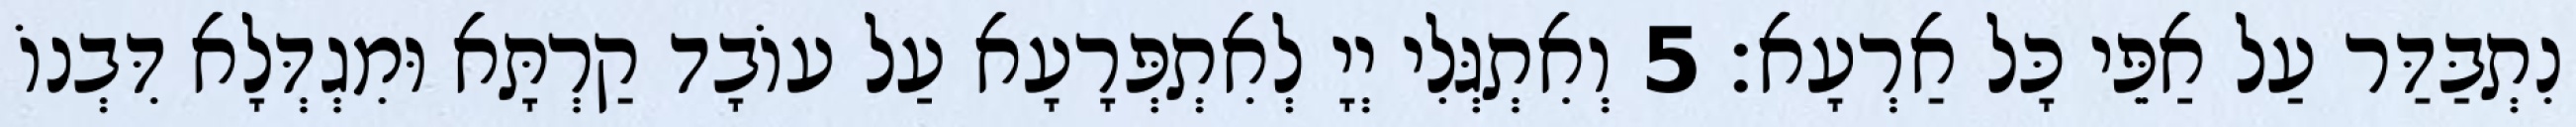
נִתְבַּדַּר עַל אַפֵּי כָּל אַרְעָא׃ 5 וְאִתְגְּלִי יְיָ לְאִתְפְּרָעָא עַל עוֹבָד קַרְתָּא וּמִגְדְּלָא דִּבְנוֹ